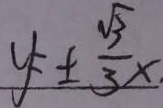
y = \pm \frac { \sqrt { 3 } } { 3 } x